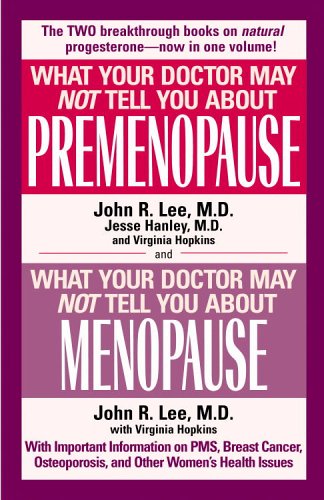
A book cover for What Your Doctor May Not Tell You About Premenopause/What Your Doctor May Not T; John R. Lee; Health, Fitness & Dieting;